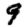
Digit: 9